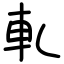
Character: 軋